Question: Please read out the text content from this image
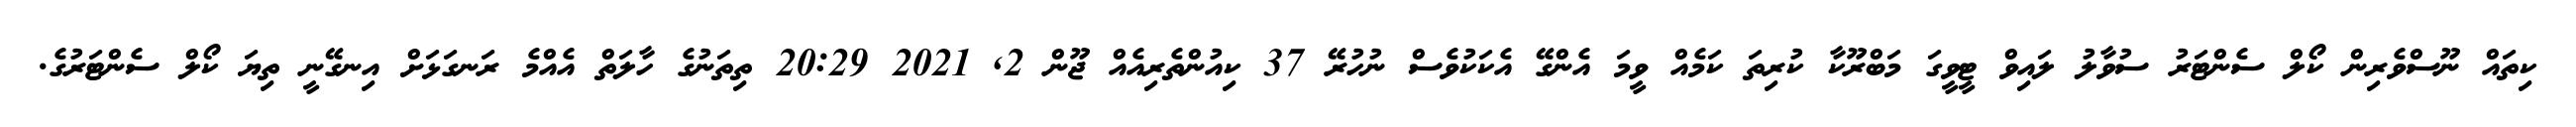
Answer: ކިތައް ނޫސްވެރިން ކޯލް ސެންޓަރު ސުވާލު ލައިވް ޓީވީގަ މަބްރޫކާ ކުރިތަ ކަމެއް ވީމަ އެންގޭ އެކަކުވެސް ނުހުރޭ 37 ކިއުންތެރިއެއް ޖޫން 2, 2021 20:29 ތިތަނުގެ ހާލަތް އެއްމެ ރަނގަޅަށް އިނގޭނީ ތިޔަ ކޯލް ސެންޓަރުގެ.